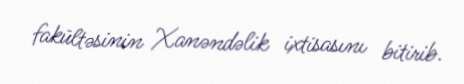
fakültəsinin Xanəndəlik ixtisasını bitirib.